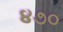
૪૭૦